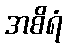
အစိရံ